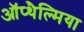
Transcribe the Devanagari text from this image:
ऑप्‍थैल्मिया